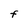
Character: F